Regulations for the medical services of the Army of India
Year: 1930
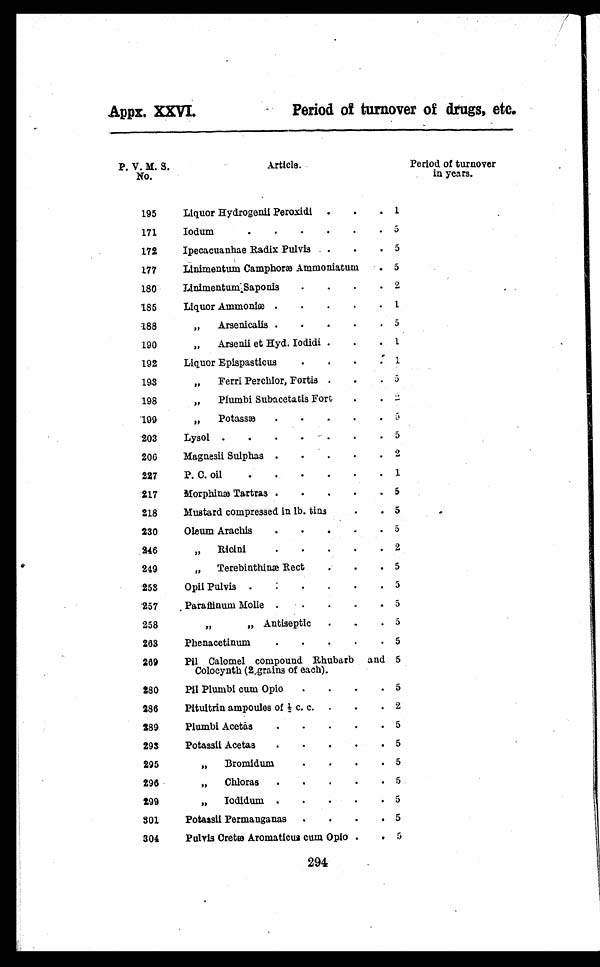
A ppx. XXVI.
Period of turnover of drugs, etc.
P. V. M. S.
No.
Article.
Period of turnover
in years.
195
Liquor Hydrogenii Peroxidi .
.
. 1
171
I o d u m . . . . . .
5
172
Ipecacuanhae Radix Pulvis .
.
. 5
177
Linimentum Camphoræ Ammoniatum . 5
180
Linimentum Saponis .
.
.
. 2
185
Liquor Ammoniæ .
.
.
.
. 1
188
,, Arsenicalis . . . . .
5
190
,, Arsenii et Hyd. Iodidi . . . 1
192
Liquor Epispasticus
.
.
.
. 1
193
,, Ferri Perchlor, Fortis . . . 5
198
,, Plumbi Subacetatis Fort .
. 2
199
,, Potassæ .
.
.
.
. 5
203
Lysol .
.
.
. . . .
5
206
Magnesii Sulphas .
.
.
.
. 2
227
P. C. oil
. . . . . .
1
217
Morphinæ Tartras .
.
.
.
. 5
218
Mustard compressed in lb. tins
.
. 5
230
Oleum Arachis
.
. . . .
5
246
,, Ri c i ni . . . . .
2
2 4 9
,, Terebinthinæ Rect
.
.
. 5
253
Opii Pulvis . . . . . .
5
257
Paraffinum Molle .
.
.
.
. 5
258
,,
„ Antiseptic .
.
. 5
263
Phenacetinum
.
.
.
.
. 5
269
Pil Calomel compound Rhubarb and
Colocynth (2 grains of each).
5
280
Pil Plumbi cum Opio . . . .
5
286
Pituitrin ampoules of 1/2 c. c. . . .
2
289
Plumbi Acetas
.
.
.
.
. 5
293
Potassii Acetas .
.
.
.
. 5
295
„ Bromidum
.
.
.
. 5
296
„ Chloras .
.
.
.
. 5
299
,, Iodidum .
.
.
.
. 5
301
Potassii Permanganas .
.
.
. 5
304
Pulvis Cretæ Aromaticus cum Opio .
. 5
294